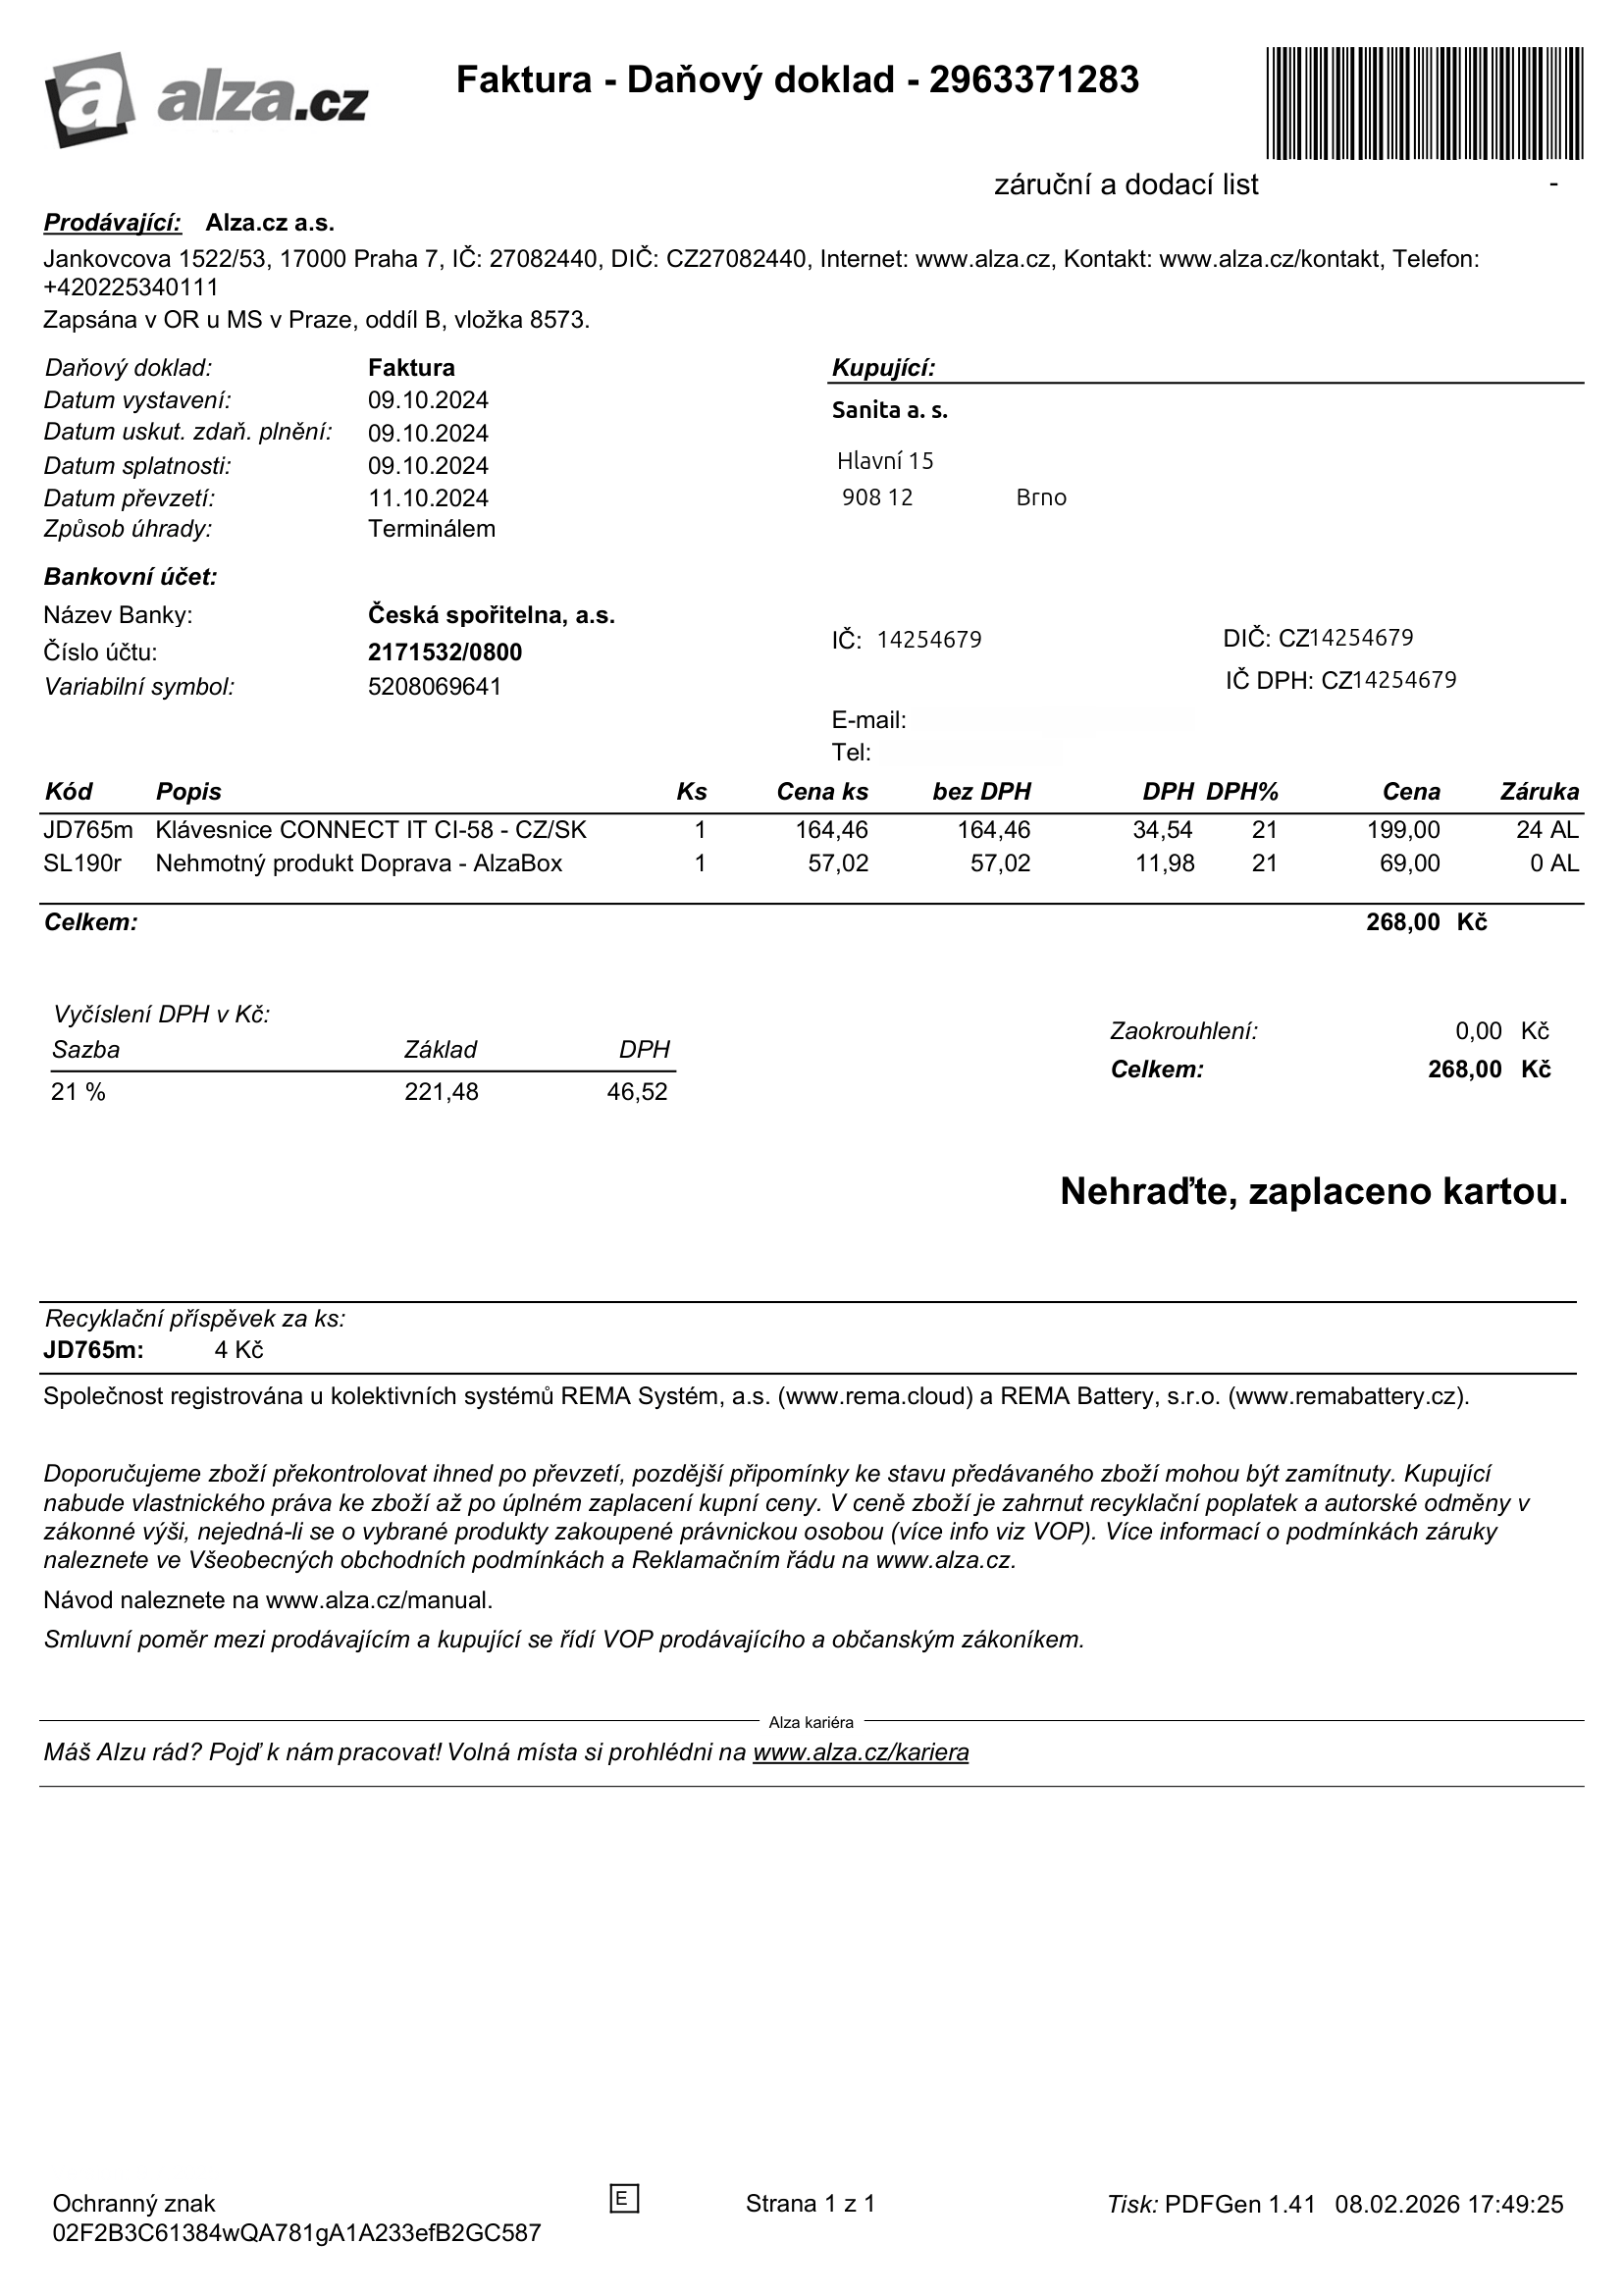
invoice_number: 2963371283
supp_register_id: 27082440
supp_tax_id: CZ27082440
cust_register_id: 14254679
cust_tax_id: CZ14254679
issue_date: 09.10.2024
taxable_supply_date: 09.10.2024
due_date: 09.10.2024
payment_type: Terminálem
bank_account_number: 2171532/0800
variable_symbol: 5208069641
total: 268,00